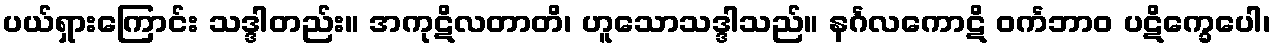
ပယ်ရှားကြောင်း သဒ္ဒါတည်း။ အကုဋိလတာတိ၊ ဟူသောသဒ္ဒါသည်။ နင်္ဂလကောဋိ ဝင်္ကဘာဝ ပဋိက္ခေပေါ၊